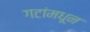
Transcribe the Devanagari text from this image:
गटांमधून